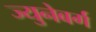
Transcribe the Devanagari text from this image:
ज्युनेबर्ग